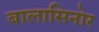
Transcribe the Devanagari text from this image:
बालासिनोर